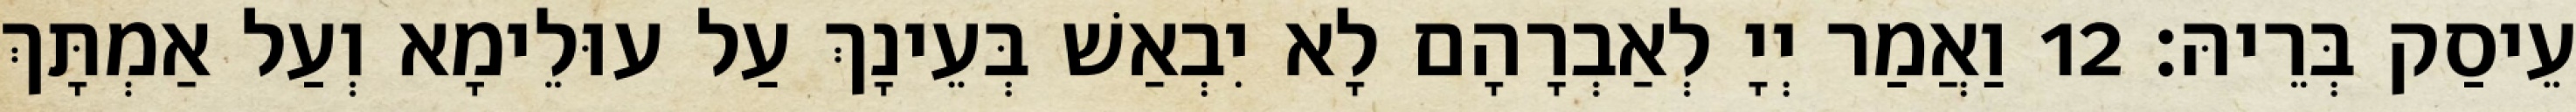
עֵיסַק בְּרֵיהּ׃ 12 וַאֲמַר יְיָ לְאַבְרָהָם לָא יִבְאַשׁ בְּעֵינָךְ עַל עוּלֵימָא וְעַל אַמְתָּךְ